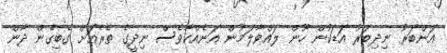
އަންބަރު ނިދިބަރު އަޑަކުން ހޫން ލައްވާލަމުން އަނެއްކާވެސް ނިދީގެ ތެރެއަށް ގެބިގެން ދާން